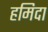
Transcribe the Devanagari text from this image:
हमिदा